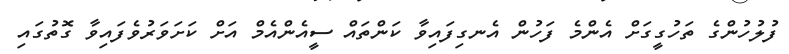
ފުލުހުންގެ ތަހުގީގަށް އެންމެ ފަހުން އެނގިފައިވާ ކަންތައް ސީއެންއެމް އަށް ކަށަވަރުުވެފައިވާ ގޮތުގައި